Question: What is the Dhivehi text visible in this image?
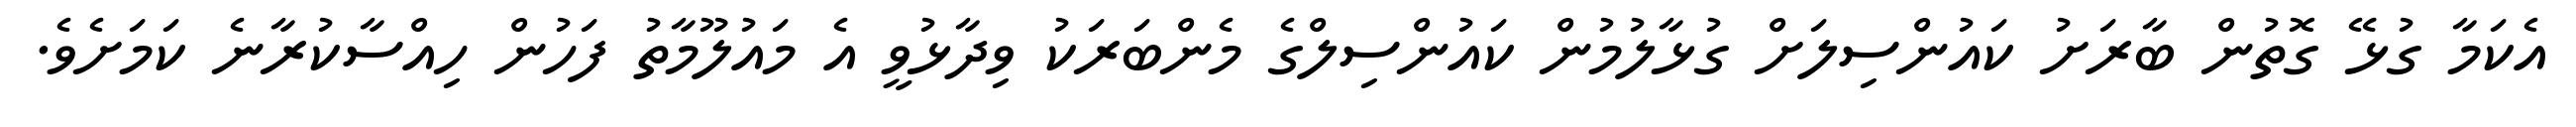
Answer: އެކަމާ ގުޅޭ ގޮތުން ބާރަށު ކައުންސިލަށް ގުޅާލުމުން ކައުންސިލްގެ މެންބަރަކު ވިދާޅުވީ އެ މައުލޫމާތު ފަހުން ހިއްސާކުރާނެ ކަމަށެވެ.